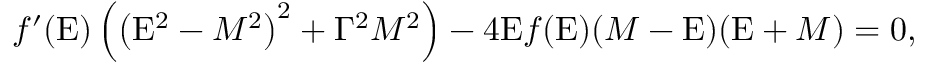
f ^ { \prime } ( { \mathrm { E } } ) \left( \left( { \mathrm { E } } ^ { 2 } - M ^ { 2 } \right) ^ { 2 } + \Gamma ^ { 2 } M ^ { 2 } \right) - 4 { \mathrm { E } } f ( { \mathrm { E } } ) ( M - { \mathrm { E } } ) ( { \mathrm { E } } + M ) = 0 ,